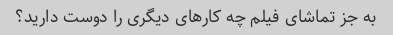
به جز تماشای فیلم چه کارهای دیگری را دوست دارید؟